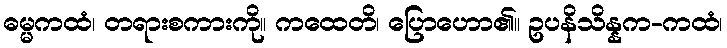
ဓမ္မကထံ၊ တရားစကားကို။ ကထေတိ၊ ပြောဟော၏။ ဥပနိသိန္နက-ကထံ၊